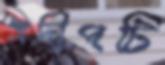
প্রদীপটি